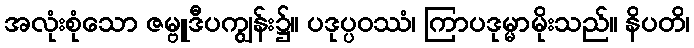
အလုံးစုံသော ဇမ္ဗူဒီပကျွန်း၌။ ပဒုပ္ပဝဿံ၊ ကြာပဒုမ္မာမိုးသည်။ နိပတိ၊